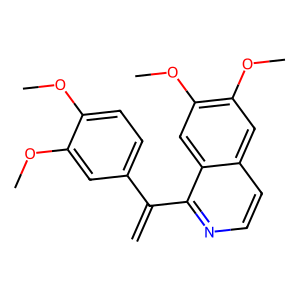
SMILES: C=C(c1ccc(OC)c(OC)c1)c1nccc2cc(OC)c(OC)cc12
Inhibits HIV replication: No